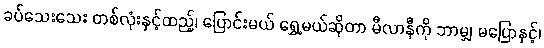
ခပ်သေးသေး တစ်လုံးနှင့်ထည့်၊ ပြောင်းမယ် ရွှေ့မယ်ဆိုတာ မီလာနီကို ဘာမျှ မပြောနှင့်၊